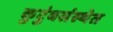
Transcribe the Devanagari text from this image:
कुटुंबसंस्थेत